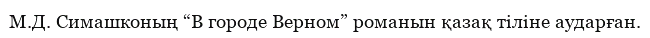
М.Д. Симашконың “В городе Верном” романын қазақ тіліне аударған.